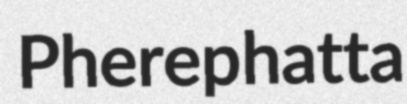
Pherephatta